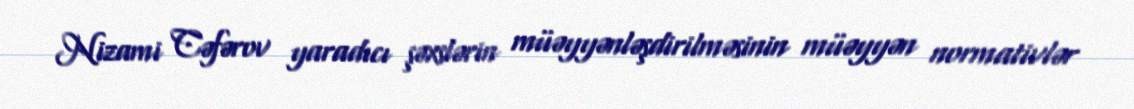
Nizami Cəfərov yaradıcı şəxslərin müəyyənləşdirilməsinin müəyyən normativlər